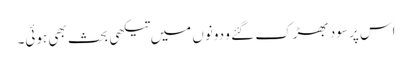
اس پر سود بھڑک گئے و دونوں میں تیکھی بحث بھی ہوئی۔